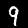
Digit: 9